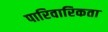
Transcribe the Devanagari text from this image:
पारिवारिकता